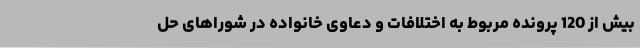
بیش از 120 پرونده مربوط به اختلافات و دعاوی خانواده در شوراهای حل